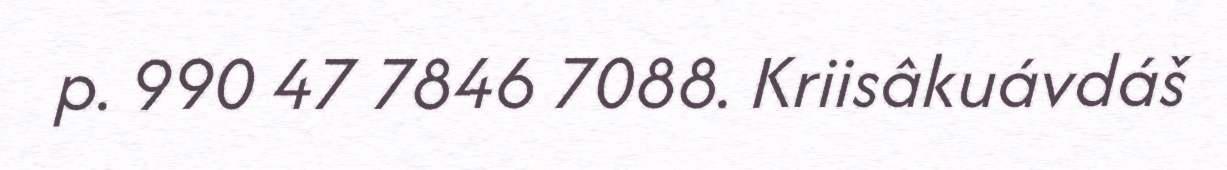
p. 990 47 7846 7088. Kriisâkuávdáš